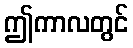
ဤကာလတွင်